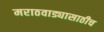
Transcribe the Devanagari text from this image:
मराठवाड्यासाठीच